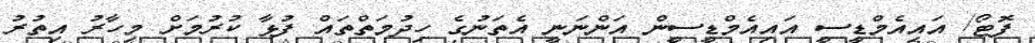
ފޮޓޯ/ އައިއެމްޑީސީ އައިއެމްޑީސީން އަންނަނީ އެތަނުގެ ހިދުމަތްތައް ފުޅާ ކުރުމަށް މިހާރު އިތުރު